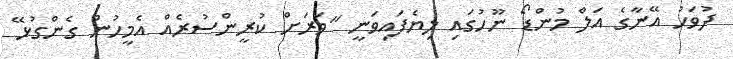
ދުވަހު އޭނާގެ އަލް މުންޑޯ ނޫހުގައި ލިޔެފައިވަނީ "ވަރަށް ކުރީންސުރެއް އެމީހުން ގެންގުޅޭ